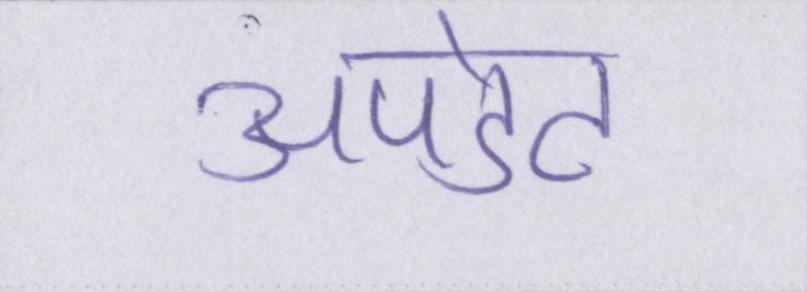
अपडेट